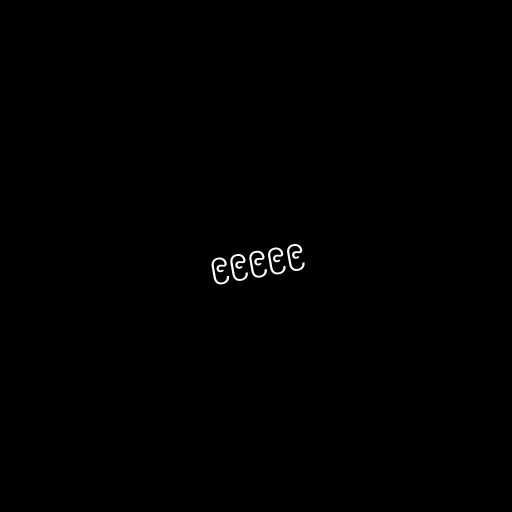
၉၉၉၉၉